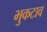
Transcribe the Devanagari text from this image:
भुकटाव